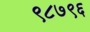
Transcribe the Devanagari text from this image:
९८७९६